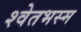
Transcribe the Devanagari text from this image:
श्वेतभस्म